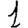
Digit: 1